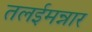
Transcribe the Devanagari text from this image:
तलईमन्नार